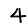
Digit: 4